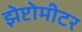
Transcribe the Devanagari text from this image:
झेप्टोमीटर